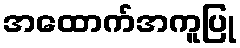
အထောက်အကူပြု